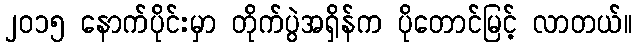
၂၀၁၅ နောက်ပိုင်းမှာ တိုက်ပွဲအရှိန်က ပိုတောင်မြင့် လာတယ်။